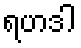
ရဟဒါ